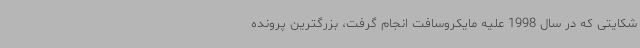
شکایتی که در سال 1998 علیه مایکروسافت انجام گرفت، بزرگترین پرونده